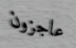
عاجزون